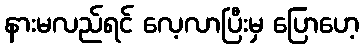
နားမလည်ရင် လေ့လာပြီးမှ ပြောဟေ့